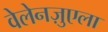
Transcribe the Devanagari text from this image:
वेलेनज़ुएला